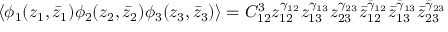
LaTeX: \langle \phi _ { 1 } ( z _ { 1 } , \bar { z } _ { 1 } ) \phi _ { 2 } ( z _ { 2 } , \bar { z } _ { 2 } ) \phi _ { 3 } ( z _ { 3 } , \bar { z } _ { 3 } ) \rangle = C _ { 1 2 } ^ { 3 } z _ { 1 2 } ^ { \gamma _ { 1 2 } } z _ { 1 3 } ^ { \gamma _ { 1 3 } } z _ { 2 3 } ^ { \gamma _ { 2 3 } } \bar { z } _ { 1 2 } ^ { \bar { \gamma } _ { 1 2 } } \bar { z } _ { 1 3 } ^ { \bar { \gamma } _ { 1 3 } } \bar { z } _ { 2 3 } ^ { \bar { \gamma } _ { 2 3 } }